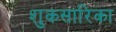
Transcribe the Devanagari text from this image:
शुकसारिका